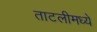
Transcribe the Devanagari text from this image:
ताटलीमध्ये